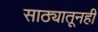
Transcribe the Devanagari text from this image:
साठ्यातूनही